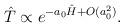
LaTeX: \begin{align*}\hat{T}\propto e^{-a_0\hat{H} + O(a_0^2)}.\end{align*}